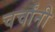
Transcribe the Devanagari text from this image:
चर्चांनी